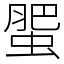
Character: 蜰